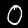
Digit: 0